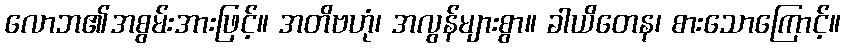
လောဘ၏အစွမ်းအားဖြင့်။ အတိဗဟုံ၊ အလွန်များစွာ။ ခါယိတေန၊ စားသောကြောင့်။